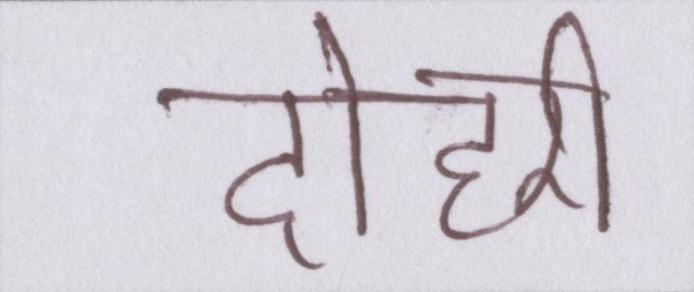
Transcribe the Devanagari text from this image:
दोहरी